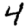
Digit: 4